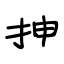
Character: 抻